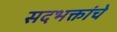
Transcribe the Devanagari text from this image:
सदभक्तांचे